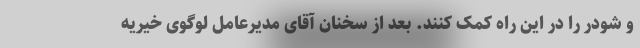
و شودر را در این راه کمک کنند. بعد از سخنان آقای مدیرعامل لوگوی خیریه